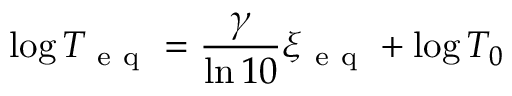
\log T _ { \mathrm { ~ e ~ q ~ } } = \frac { \gamma } { \ln 1 0 } \xi _ { \mathrm { ~ e ~ q ~ } } + \log T _ { 0 }